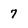
Character: 7